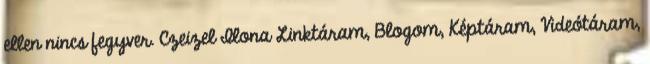
ellen nincs fegyver. Czeizel Ilona Linktáram, Blogom, Képtáram, Videótáram,